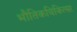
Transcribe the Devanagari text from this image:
भौतिकचिकित्सा